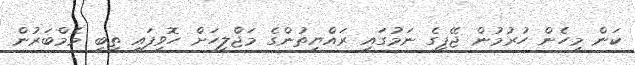
ކަން މިހެން ހުރުމުން ޖޭޕީގެ ނަމުގައި ރައްޔިތުންގެ މަޖްލީހަށް ހޮވިފައި ތިބި މެމްބަރުން